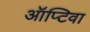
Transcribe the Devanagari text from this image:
ऑप्टिवा